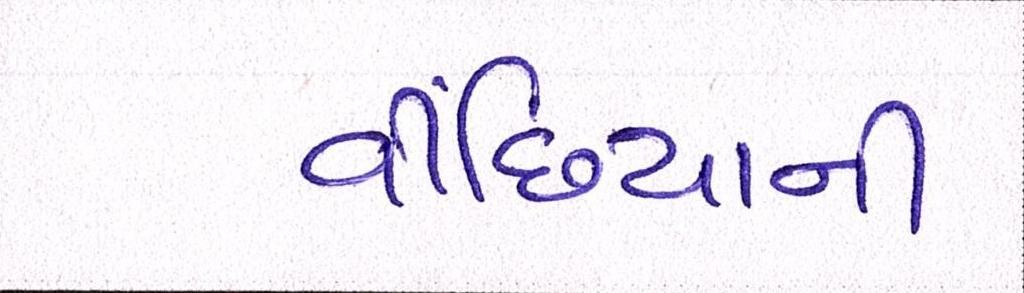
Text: વીંછિયાની